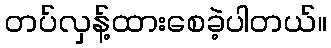
တပ်လှန့်ထားစေခဲ့ပါတယ်။